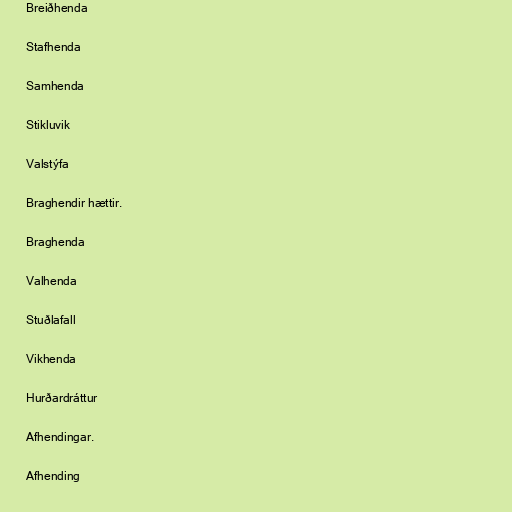
Breiðhenda

Stafhenda

Samhenda

Stikluvik

Valstýfa

Braghendir hættir.

Braghenda

Valhenda

Stuðlafall

Vikhenda

Hurðardráttur

Afhendingar.

Afhending